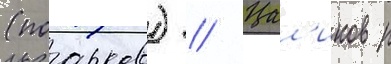
(поарков) // Цал'иков р